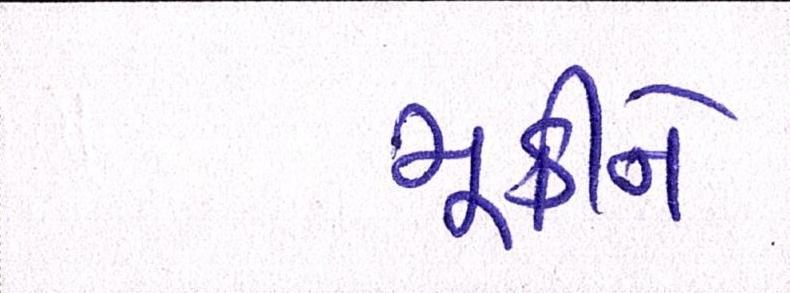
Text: મૂકીને